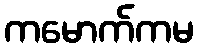
ကမောက်ကမ